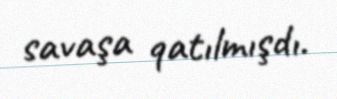
savaşa qatılmışdı.